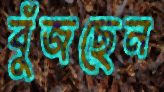
বুঁজছেন